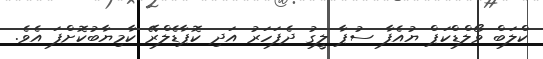
ކްލަބް ވޯލްޑްކަޕް ޔުއެފާ ސުޕާ ލީގު ދެފަހަރު އަދި ކޮޕާޑެލްރޭ ކާމިޔާބުކޮށްފަ އެވެ.